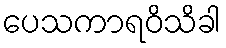
ပေသကာရဝိသိခါ